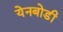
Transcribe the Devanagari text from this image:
येनबोडी